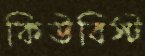
কিউবিস্ট